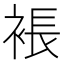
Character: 𧛇